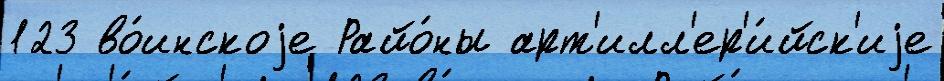
123 во́инскоjе Райо́ны арт'илл'ер'и́йск'иjе